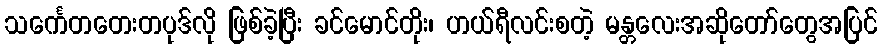
သင်္ကေတတေးတပုဒ်လို ဖြစ်ခဲ့ပြီး ခင်မောင်တိုး၊ ဟယ်ရီလင်းစတဲ့ မန္တလေးအဆိုတော်တွေအပြင်